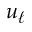
u _ { \ell }